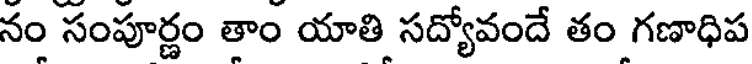
నం సంపూర్ణం తాం యాతి సద్యోవందే తం గణాధిప